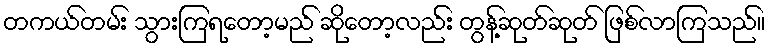
တကယ်တမ်း သွားကြရတော့မည် ဆိုတော့လည်း တွန့်ဆုတ်ဆုတ် ဖြစ်လာကြသည်။